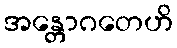
အန္တောဂတေဟိ